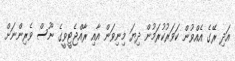
އަދި ރޭގެ އެއްވުން ކަވަރުކުރަމުން ދިޔަ މިނިވަން އާއި ރާއްޖެޓީވީގެ ނޫސް ވެރިންނަށް